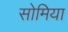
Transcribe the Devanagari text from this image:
सोमिया